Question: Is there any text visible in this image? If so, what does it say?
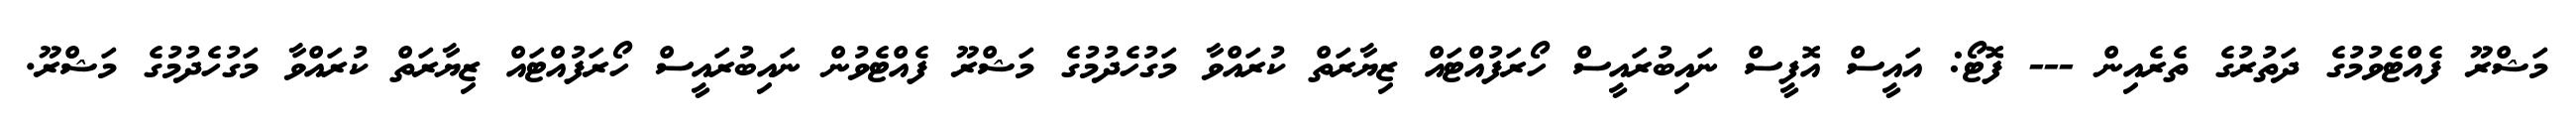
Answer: މަޝްރޫ ފެއްޓެވުމުގެ ދަތުރުގެ ތެރެއިން --- ފޮޓޯ: އައީސް އޮފީސް ނައިބުރައީސް ހޯރަފުއްޓައް ޒިޔާރަތް ކުރައްވާ މަގުހެދުމުގެ މަޝްރޫ ފެއްޓެވުން ނައިބުރައީސް ހޯރަފުއްޓައް ޒިޔާރަތް ކުރައްވާ މަގުހެދުމުގެ މަޝްރޫ.